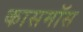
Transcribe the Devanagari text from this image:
कासमॉस